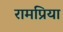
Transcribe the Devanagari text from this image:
रामप्रिया